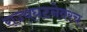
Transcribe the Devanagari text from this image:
राज्यघटनेवरच